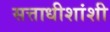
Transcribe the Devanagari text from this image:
सत्ताधीशांशी